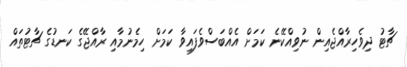
ޗާޓު ދިވެހިރާއްޖެއިން ނުވިއްކޭނެ ކަމަށް އެއްބަސްވެފައިވާ ކަމަށް ހިމެނުމާއި ރާއްޖޭގެ ކަނޑުގެ ޗާޓުތައް